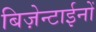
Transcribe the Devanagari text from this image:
बिज़ेन्टाईनों